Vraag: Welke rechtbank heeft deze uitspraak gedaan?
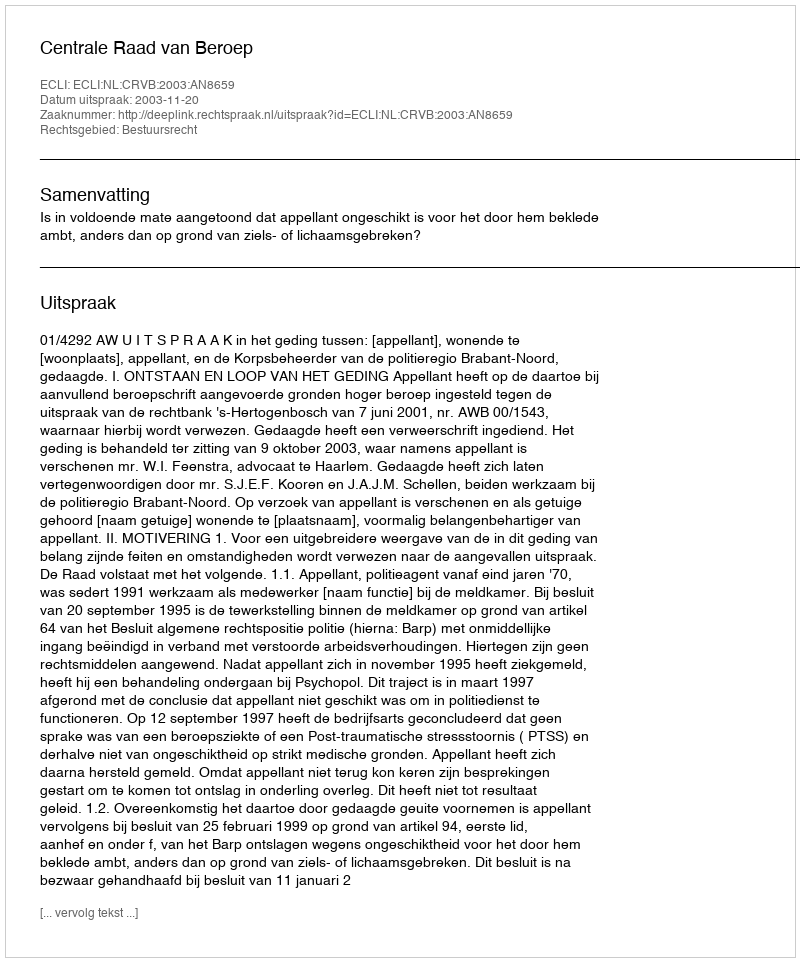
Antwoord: Centrale Raad van Beroep